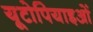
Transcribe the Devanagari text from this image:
यूटोपियाइओं